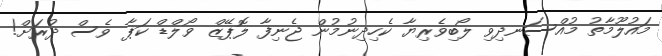
މައުލޫމާތު މުއްސަނދިވި ލޯބިވެރިޔާ ކެހިދިނުމުން ޖެނިފާ ލޮޕޭޒް ވޯލްޑް ކަޕާ ވެސް ދުރަށް!